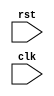
`timescale 1ns / 1ps
//////////////////////////////////////////////////////////////////////////////////
// Company: 
// Engineer: 
// 
// Design Name: 
// Module Name:    fourbitcounter 
// Project Name: 
// Target Devices: 
// Tool versions: 
// Description: 
//
// Dependencies: 
//
// Revision: 
// Revision 0.01 - File Created
// Additional Comments: 
//
//////////////////////////////////////////////////////////////////////////////////
module fourbitcounter( rst, clk
    );
reg a0;
reg a1;
reg a2;
reg a3;

input rst, clk;

always @ (posedge clk)
begin 
	if (rst) 
	begin
		a0 <= 1'b0;
		a1 <= 1'b0;
		a2 <= 1'b0;
		a3 <= 1'b0;
	end
	else
	begin
		a0 <= ~a0;
		a1 <= a0 ^ a1;
		a2 <= (a1 & a0) ^ a2;
		a3 <= (a1 & a0 & a2) ^ a3;
	end
end

endmodule